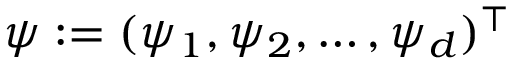
\psi : = ( \psi _ { 1 } , \psi _ { 2 } , \ldots , \psi _ { d } ) ^ { \intercal }